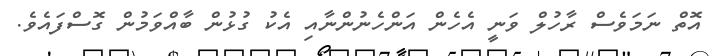
އޮތް ނަމަވެސް ރާހުލް ވަނީ އެހެން އަންހެނުންނާއި އެކު ގުޅުން ބާއްވަމުން ގޮސްފައެވެ.